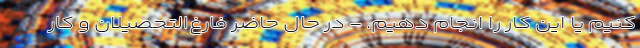
کنیم یا این کار را انجام دهیم. - در حال حاضر فارغ‌التحصیلان و کار